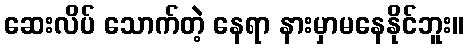
ဆေးလိပ် သောက်တဲ့ နေရာ နားမှာမနေနိုင်ဘူး။